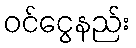
ဝင်ငွေနည်း